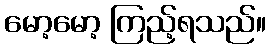
မော့မော့ ကြည့်ရသည်။